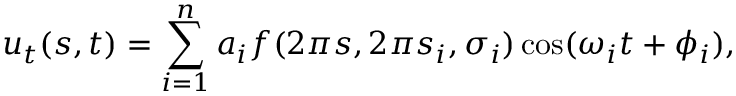
u _ { t } ( s , t ) = \sum _ { i = 1 } ^ { n } a _ { i } f ( 2 \pi s , 2 \pi s _ { i } , \sigma _ { i } ) \cos ( \omega _ { i } t + \phi _ { i } ) ,